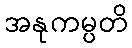
အနုကမ္ပတိ